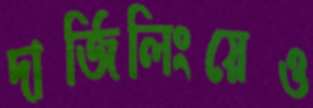
দার্জিলিংয়েও